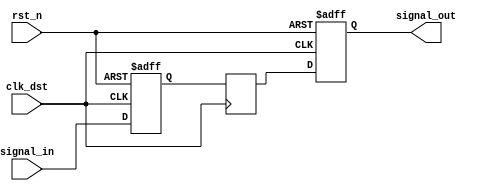
module SignalLevelCrossingSynchronizer (
    input wire clk_dst,          // Destination clock
    input wire rst_n,           // Asynchronous active-low reset
    input wire signal_in,       // Input signal from the source clock domain
    output reg signal_out       // Synchronized output signal for the destination clock domain
);

    // Internal signals for the two flip-flops
    reg signal_in_ff1;          // First flip-flop output
    reg signal_in_ff2;          // Second flip-flop output

    // Asynchronous reset and sampling logic
    always @(posedge clk_dst or negedge rst_n) begin
        if (!rst_n) begin
            signal_in_ff1 <= 1'b0; // Reset first flip-flop to known state
            signal_out <= 1'b0;     // Reset output to known state
        end else begin
            signal_in_ff1 <= signal_in; // Sample input signal
            signal_out <= signal_in_ff2; // Update output with second flip-flop value
        end
    end

    // Second flip-flop sampling
    always @(posedge clk_dst) begin
        signal_in_ff2 <= signal_in_ff1; // Sample output of the first flip-flop
    end

endmodule